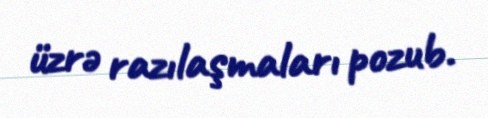
üzrə razılaşmaları pozub.